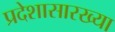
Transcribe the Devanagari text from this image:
प्रदेशासारख्या